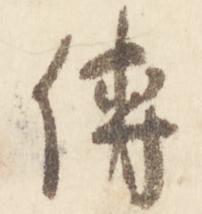
伝